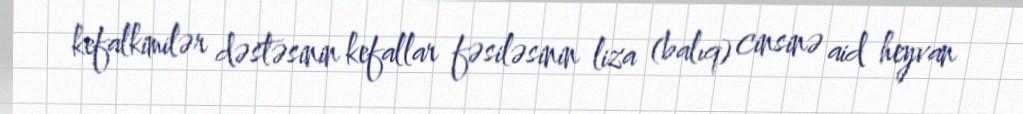
kefalkimilər dəstəsinin kefallar fəsiləsinin liza (balıq) cinsinə aid heyvan